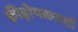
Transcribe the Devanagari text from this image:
क्रीड़ोपकरणों